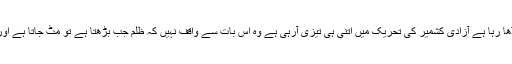
آج بھارت اس بات کو دیکھ چکا ہے کہ وہ جتنا معصوم کشمیروں پر ظلم ڈھا رہا ہے آزادی کشمیر کی تحریک میں اتنی ہی تیزی آرہی ہے وہ اس بات سے واقف نہیں کہ ظلم جب بڑھتا ہے تو مٹ جاتا ہے اور اب ہندوستان کے ٹوٹنے کا وقت آچکا ہے کشمیر بھی ہمارا ہے ہمارا تھا۔